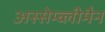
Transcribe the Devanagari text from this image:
अस्सेम्ब्लीमैन